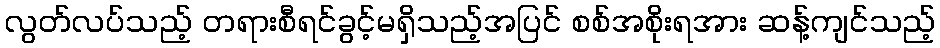
လွတ်လပ်သည့် တရားစီရင်ခွင့်မရှိသည့်အပြင် စစ်အစိုးရအား ဆန့်ကျင်သည့်